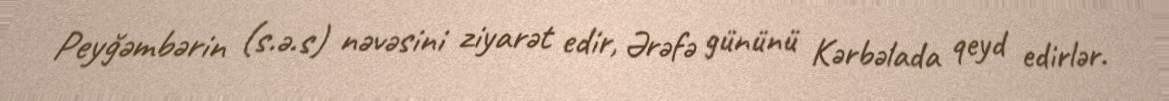
Peyğəmbərin (s.ə.s) nəvəsini ziyarət edir, Ərəfə gününü Kərbəlada qeyd edirlər.